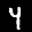
Label: 4